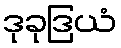
ဒုခုဒြယံ